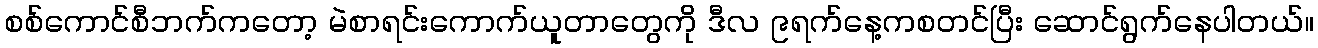
စစ်ကောင်စီဘက်ကတော့ မဲစာရင်းကောက်ယူတာတွေကို ဒီလ ၉ရက်နေ့ကစတင်ပြီး ဆောင်ရွက်နေပါတယ်။